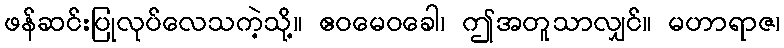
ဖန်ဆင်းပြုလုပ်လေသကဲ့သို့။ ဧဝမေဝခေါ၊ ဤအတူသာလျှင်။ မဟာရာဇ၊